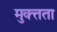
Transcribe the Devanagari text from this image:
मुक्त्तता